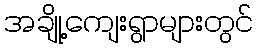
အချို့ကျေးရွာများတွင်